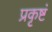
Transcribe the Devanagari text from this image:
प्रकृष्टं